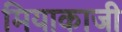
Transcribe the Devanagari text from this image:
मियाकाजी